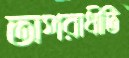
অপরাধীটি